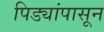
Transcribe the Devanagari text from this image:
पिड्यांपासून